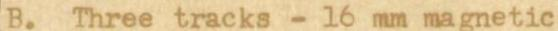
B. Three tracks - 16 mm magnetic